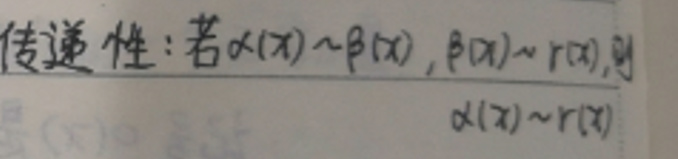
传递性：若$\alpha(x)\sim\beta(x)$，$\beta(x)\sim\gamma(x)$，则$\alpha(x)\sim\gamma(x)$